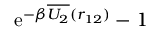
\mathrm { e } ^ { - \beta \overline { { U _ { 2 } } } ( r _ { 1 2 } ) } - 1